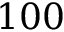
1 0 0